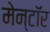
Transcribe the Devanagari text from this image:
मेन्टॉर